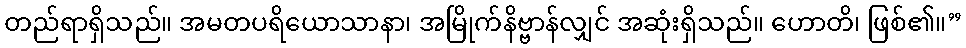
တည်ရာရှိသည်။ အမတပရိယောသာနာ၊ အမြိုက်နိဗ္ဗာန်လျှင် အဆုံးရှိသည်။ ဟောတိ၊ ဖြစ်၏။”